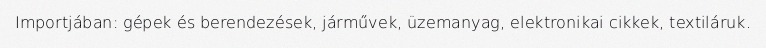
Importjában: gépek és berendezések, járművek, üzemanyag, elektronikai cikkek, textiláruk.